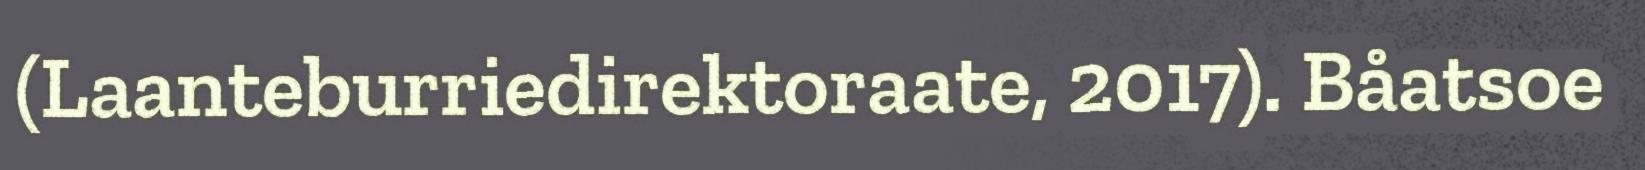
(Laanteburriedirektoraate, 2017). Båatsoe